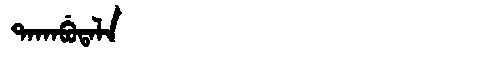
Manchu: ᡨᠠᡴᠠᠪᡠᡨᠠᠯᠠ
Romanization: TAKABUTALA